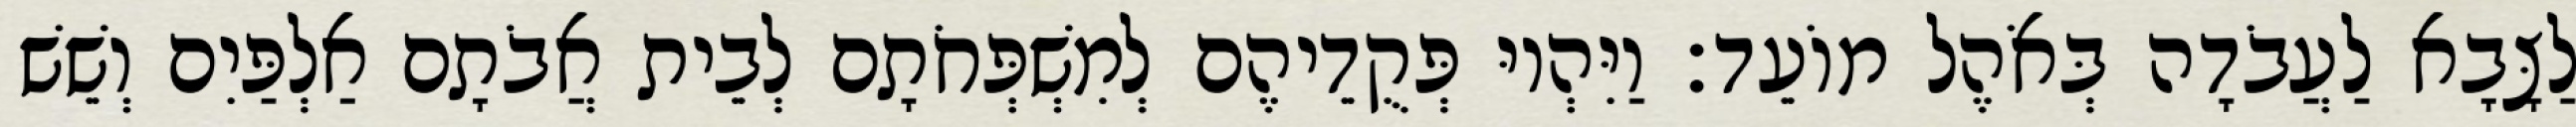
לַצָּבָא לַעֲבֹדָה בְּאֹהֶל מוֹעֵד׃ וַיִּהְיוּ פְּקֻדֵיהֶם לְמִשְׁפְּחֹתָם לְבֵית אֲבֹתָם אַלְפַּיִם וְשֵׁשׁ